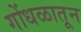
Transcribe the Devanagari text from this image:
गोंधळातून